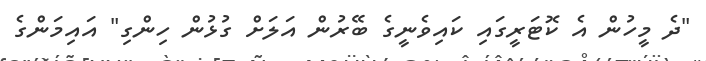
"ދެ މީހުން އެ ކޮޓަރީގައި ކައިވެނީގެ ބޭރުން އަލަށް ގުޅުން ހިންގި" އައިމަންގެ